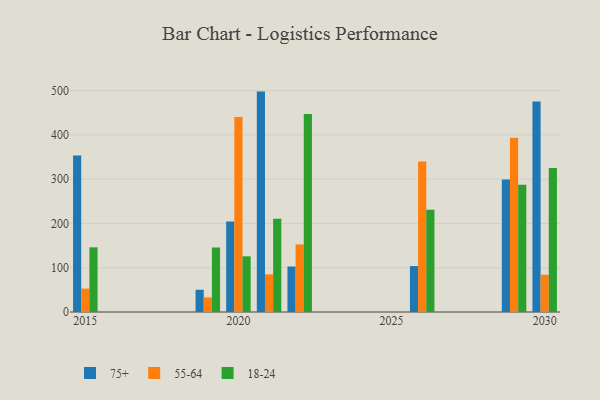
{"axis": {"x": "Year", "y": "Humidity (%)"}, "legend": ["18-24", "55-64", "75+"], "data": [{"x": "2026", "y": 103.8, "type": "75+"}, {"x": "2026", "y": 340.1, "type": "55-64"}, {"x": "2026", "y": 231.1, "type": "18-24"}, {"x": "2015", "y": 353.8, "type": "75+"}, {"x": "2015", "y": 52.8, "type": "55-64"}, {"x": "2015", "y": 146.1, "type": "18-24"}, {"x": "2021", "y": 497.9, "type": "75+"}, {"x": "2021", "y": 85.0, "type": "55-64"}, {"x": "2021", "y": 210.5, "type": "18-24"}, {"x": "2030", "y": 475.5, "type": "75+"}, {"x": "2030", "y": 84.1, "type": "55-64"}, {"x": "2030", "y": 325.4, "type": "18-24"}, {"x": "2019", "y": 50.2, "type": "75+"}, {"x": "2019", "y": 33.0, "type": "55-64"}, {"x": "2019", "y": 145.7, "type": "18-24"}, {"x": "2029", "y": 299.5, "type": "75+"}, {"x": "2029", "y": 393.8, "type": "55-64"}, {"x": "2029", "y": 287.5, "type": "18-24"}, {"x": "2022", "y": 102.7, "type": "75+"}, {"x": "2022", "y": 152.7, "type": "55-64"}, {"x": "2022", "y": 447.1, "type": "18-24"}, {"x": "2020", "y": 204.3, "type": "75+"}, {"x": "2020", "y": 440.7, "type": "55-64"}, {"x": "2020", "y": 125.8, "type": "18-24"}]}